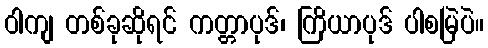
ဝါကျ တစ်ခုဆိုရင် ကတ္တာပုဒ်၊ ကြိယာပုဒ် ပါစမြဲပဲ။